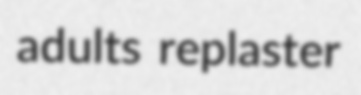
adults replaster